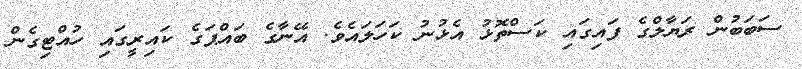
ސަބަބުން ރަޔާލްގެ ފައިގައި ކަސްތޮޅު އެޅުނު ކަހަލައެވެ. އޭނާގެ ބައްޕަގެ ކައިރީގައި ހުއްޓިގެން